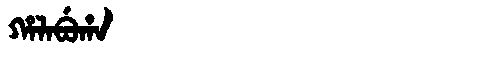
Manchu: ᡥᠠᠯᠠᠪᡠᡥᠠ
Romanization: HALABUHA